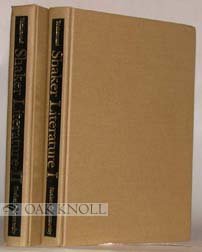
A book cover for Shaker Literature: A Bibliography In Two Volumes: Volume 1: By The Shakers, Volume 2: About The Shakers; Christian Books & Bibles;